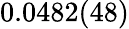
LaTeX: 0.0482(48)